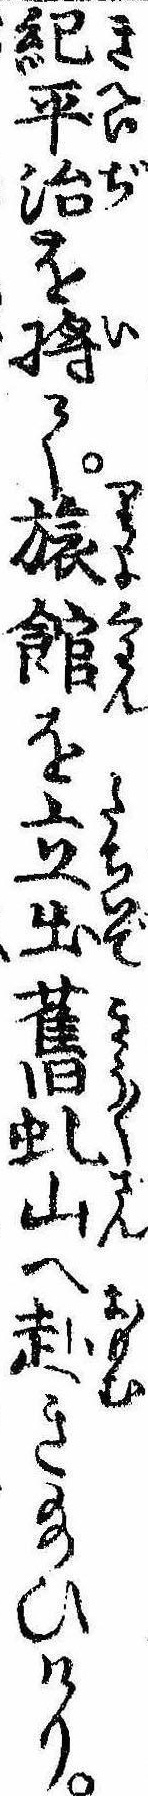
紀平治を将て旅館を立出旧虬山へ赴き給ひけり